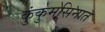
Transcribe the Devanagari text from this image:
कुंकुमसिनात